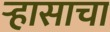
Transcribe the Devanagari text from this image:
र्‍हासाचा